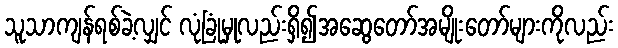
သူသာကျန်ရစ်ခဲ့လျှင် လုံခြုံမှုလည်းရှိ၍အဆွေတော်အမျိုးတော်များကိုလည်း